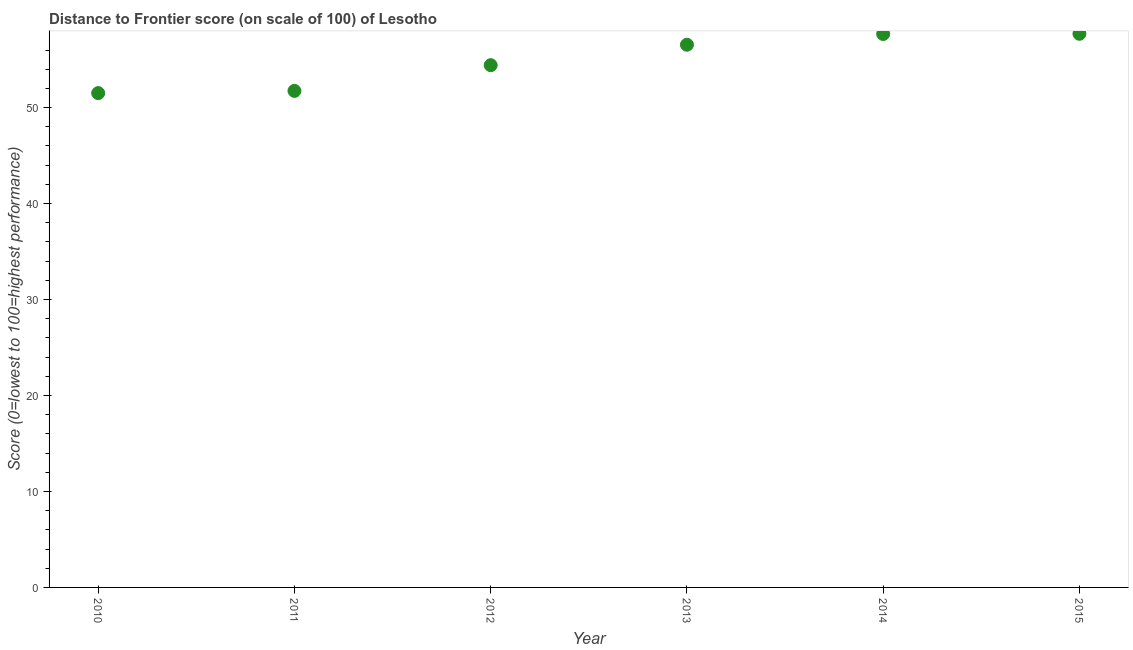
| Year | Distance to frontier score |
 | --- | --- |
 | 2010 | 51.5 |
 | 2011 | 51.7 |
 | 2012 | 54.4 |
 | 2013 | 56.5 |
 | 2014 | 57.7 |
 | 2015 | 57.7 |